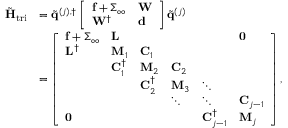
\begin{array} { r l } { \tilde { \mathbf { H } } _ { \mathrm { t r i } } } & { = \tilde { \mathbf { q } } ^ { ( j ) , \dagger } \left[ \begin{array} { l l } { \mathbf { f } + \boldsymbol { \Sigma } _ { \infty } } & { \mathbf { W } } \\ { \mathbf { W } ^ { \dagger } } & { \mathbf { d } } \end{array} \right] \tilde { \mathbf { q } } ^ { ( j ) } } \\ & { = \left[ \begin{array} { l l l l l l } { \mathbf { f } + \boldsymbol { \Sigma } _ { \infty } } & { \mathbf { L } } & & & & { \mathbf { 0 } } \\ { \mathbf { L } ^ { \dagger } } & { \mathbf { M } _ { 1 } } & { \mathbf { C } _ { 1 } } & & & \\ & { \mathbf { C } _ { 1 } ^ { \dagger } } & { \mathbf { M } _ { 2 } } & { \mathbf { C } _ { 2 } } & & \\ & & { \mathbf { C } _ { 2 } ^ { \dagger } } & { \mathbf { M } _ { 3 } } & { \ddots } & \\ & & & { \ddots } & { \ddots } & { \mathbf { C } _ { j - 1 } } \\ { \mathbf { 0 } } & & & & { \mathbf { C } _ { j - 1 } ^ { \dagger } } & { \mathbf { M } _ { j } } \end{array} \right] , } \end{array}